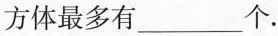
方体最多有___个.